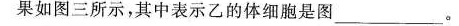
果如图三所示，其中表示乙的体细胞是图___。